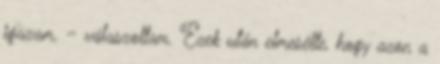
igazam. – válaszoltam. Ezek után elmesélte, hogy azon a